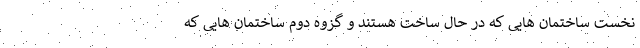
نخست ساختمان هایی که در حال ساخت هستند و گزوه دوم ساختمان هایی که